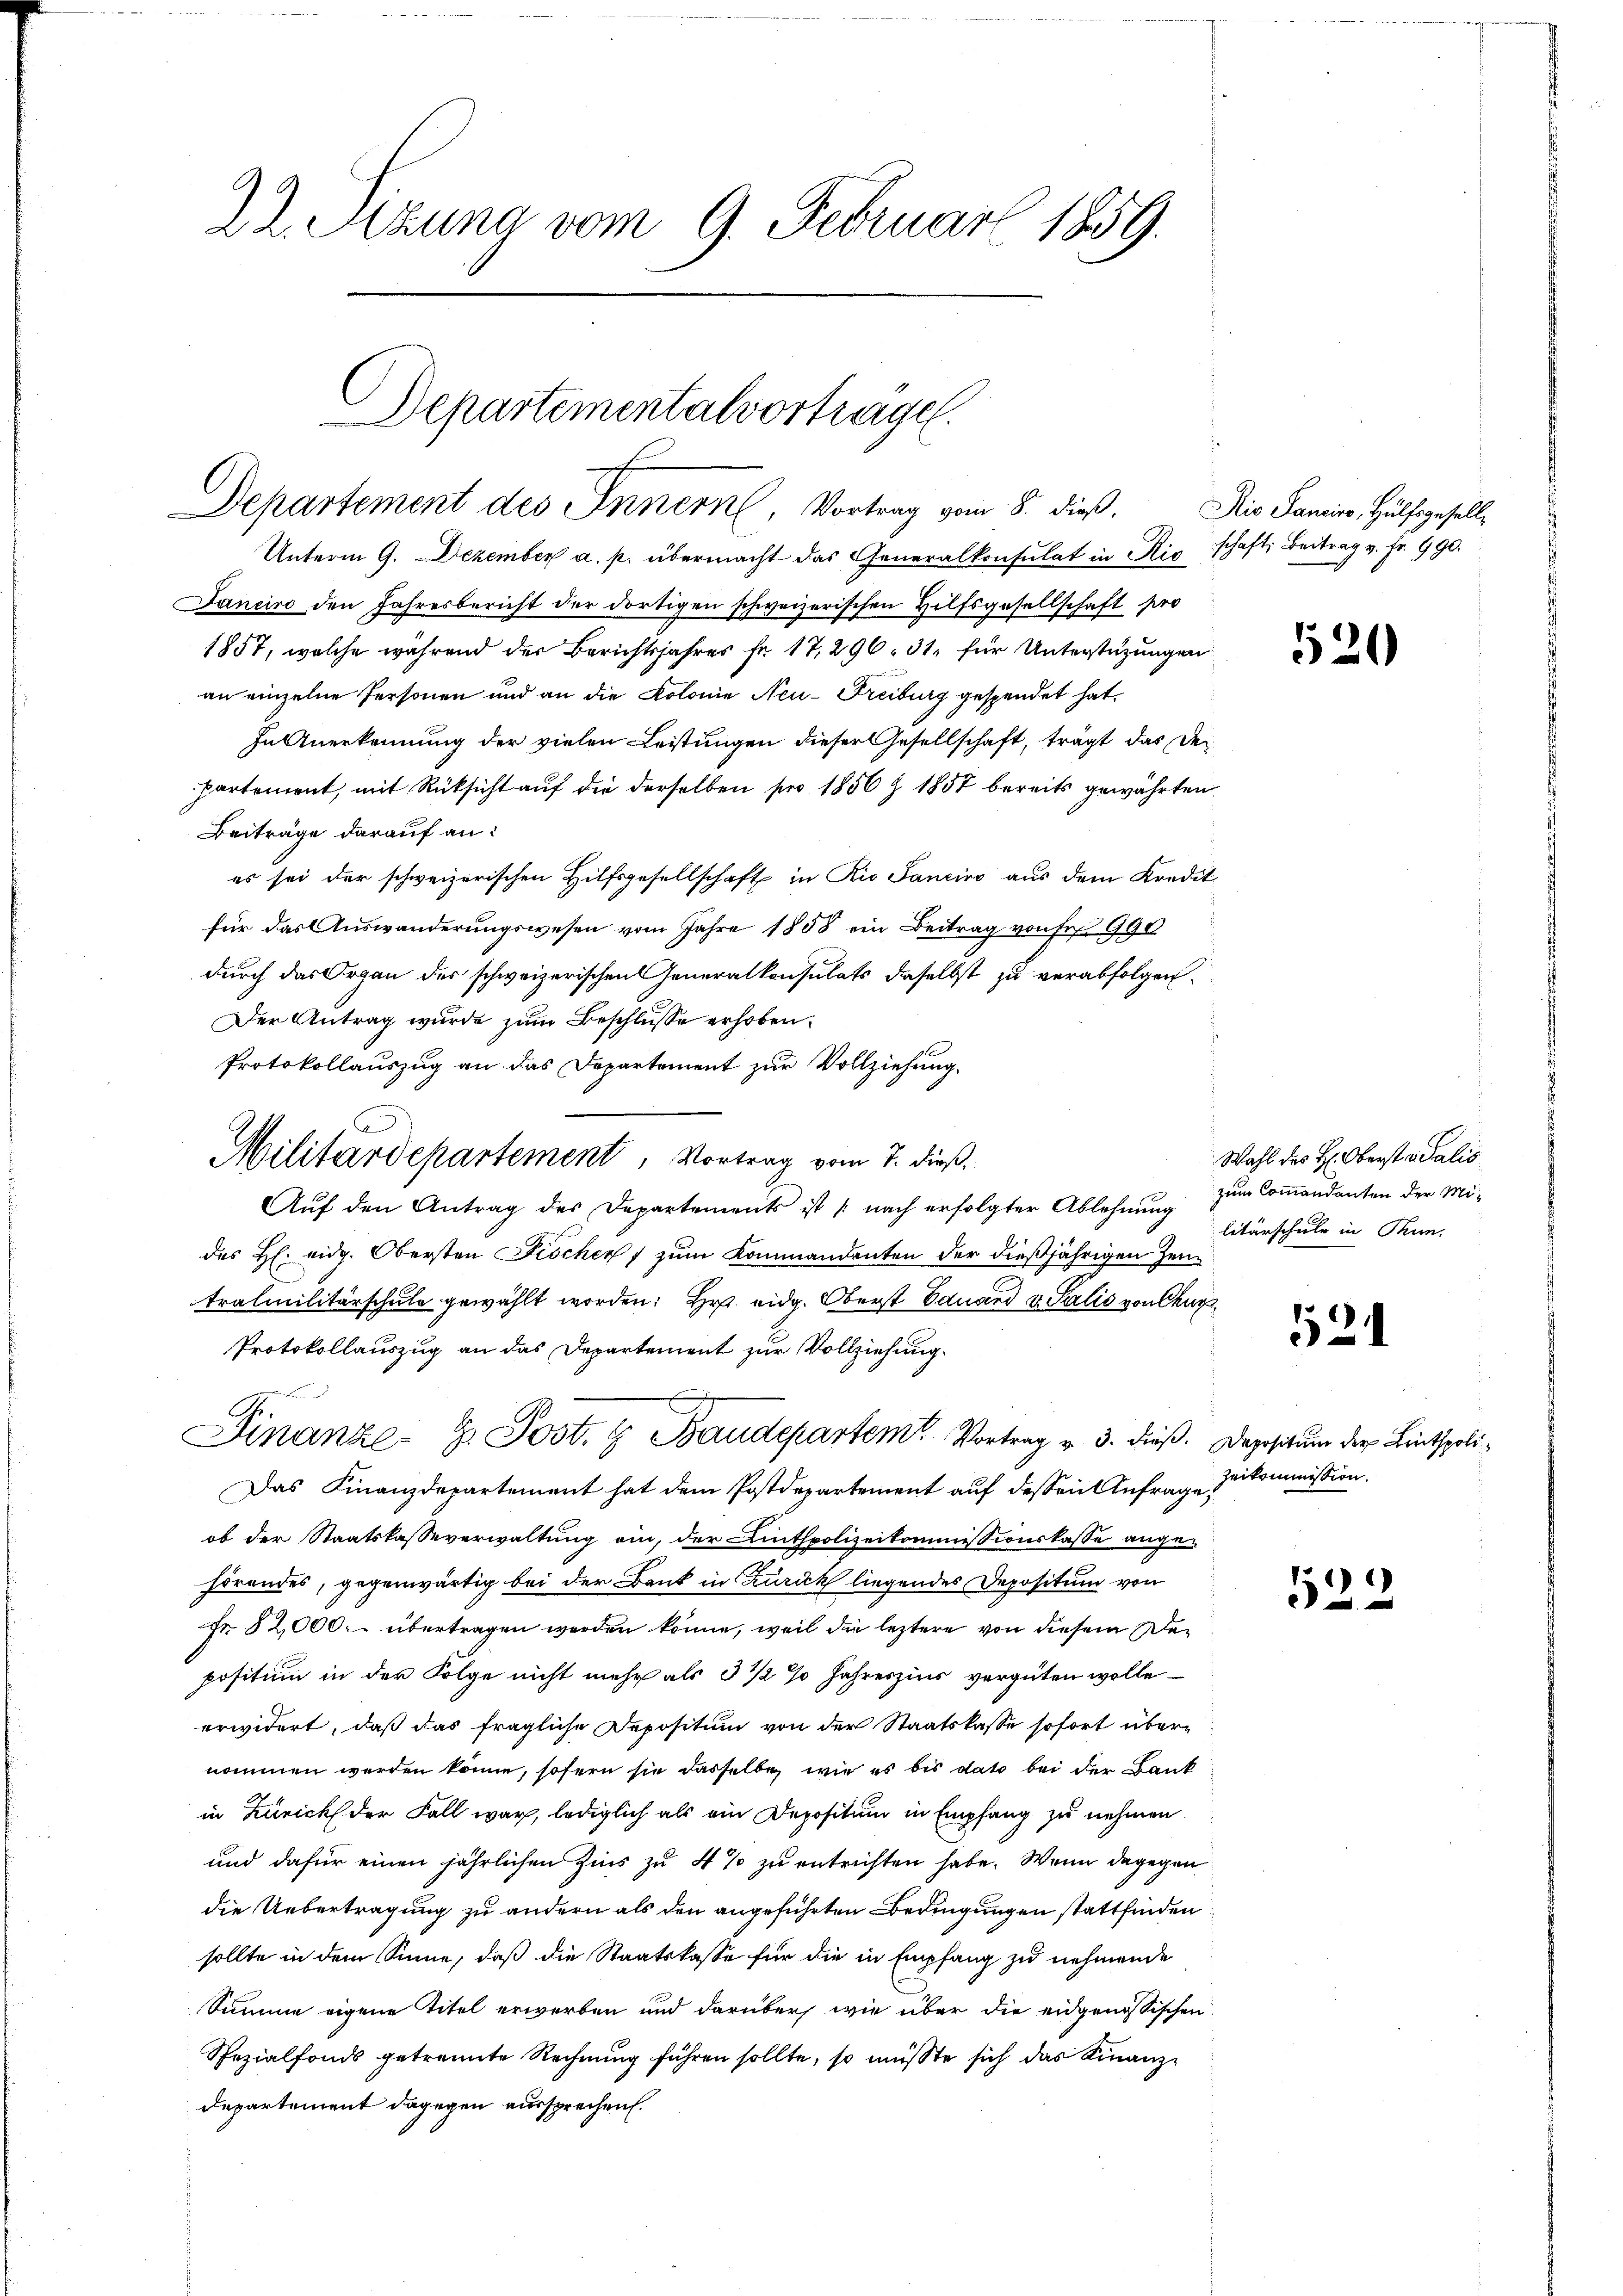
22. Sitzung vom 9. Februar 1859.

Departementalvortragen.
Departement des Innern, Vortrag vom 8. dieß. Die Sanciers, Hülfsgesell¬

Unterm 9. Dezember a. p. übermacht das Generalkonsulat in Kirschaft Beitrag v. fr. 990.
Janeiro den Jahresbericht der dortigen schweizerischen Hilfsgesellschaft pro
1857, welche während der Berichtsjahres fr. 17, 296. 31, für Unterstüzungen
an einzelne Personen und an die Kolonie Neu-Freiburg gespendet hat.
In Anerkennung der vielen Leistungen dieser Gesellschaft, trägt das der
partement, mit Rüksicht auf die derselben pro 1856 Z. 1857 bereits gewährten
Beiträge darauf an:
es sei der schweizerischen Hilfsgesellschaft in Rio Sancino aus dem Kredit
für das Auswanderungswesen vom Jahre 1858 ein Beitrag von Fr. 990
durch das Organ des schweizerischen Generalkonsulats daselbst zu verabfolgen.
Der Antrag wurde zum Beschlusse erhoben.
Protokollauszug an das Departement zur Vollziehung.
Aŭf den Antrag des Departements ist (nach erfolgter Ablehnung
des H. eidg. Obersten Fischen, zum Kommandenten der dießjährigen Zeitralmilitärschule gewählt worden: Hr. eidg. Oberst Eduard v. Salis von Chur
Protokollauszug an das Departement zur Vollziehung.

S.
Finanze H. Post. g Baudepartem Vortrag v. 3. dieß. Depositum der Lintspoli¬
Das Finanzdepartement hat dem Postdepartement auf dessen Anfrage zukommission.
ob der Staatskasseverwaltung ein, der Linthpolizeikommissionskasse angehörendes, gegenwärtig bei der Bank in Zurück liegendes Depositum von
Fr. 82,000 übertragen werden könne, weil die leztere von diesem Depositum in der Folge nicht mehr als 3 1/2 % Jahreszins vergüten wolle
erwidert, daß das fragliche Depositum von der Staatskasse sofort übernommen werden könne, sofern sie dasselbe wie es bis dato bei der Bank
in Zürich der Fall war, lediglich als ein Depositum in Empfang zu nehmen.
und dafür einen jährlichen Zins zu 4 % zu entrichten habe. Wenn dagegen
die Uebertragung zu andern als den angeführten Bedingungen stattfinden
sollte in dem Sinne, daß die Staatskasse für die in Empfang zu nehmende
Summe eigene Titel erwerben und darüber, wie über die eidgenössischen
Spezialfonds getrennte Rechnung führen sollte, so müßte sich das Finanze
Departement dagegen aussprechen.

Militärdepartement, Vortrag vom 7. dieß.

531

Wahl des H: Oberst a Salis
zum Commandanten der Militärschule in Thun.

524

52.